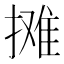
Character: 摊